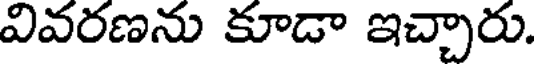
వివరణను కూడా ఇచ్చారు.